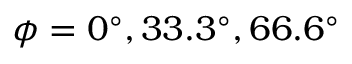
\phi = 0 ^ { \circ } , 3 3 . 3 ^ { \circ } , 6 6 . 6 ^ { \circ }